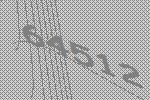
64512